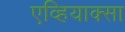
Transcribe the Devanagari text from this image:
एव्हियाक्सा